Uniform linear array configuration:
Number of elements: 24
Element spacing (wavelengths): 0.75
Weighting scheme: blackman
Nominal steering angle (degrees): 60
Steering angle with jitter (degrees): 60.869
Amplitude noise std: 0.05
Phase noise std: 0.05

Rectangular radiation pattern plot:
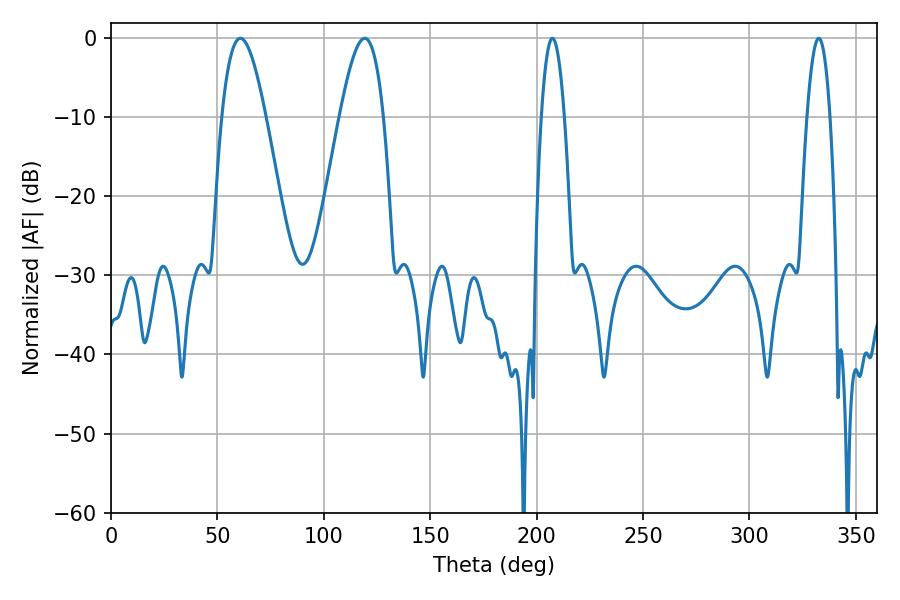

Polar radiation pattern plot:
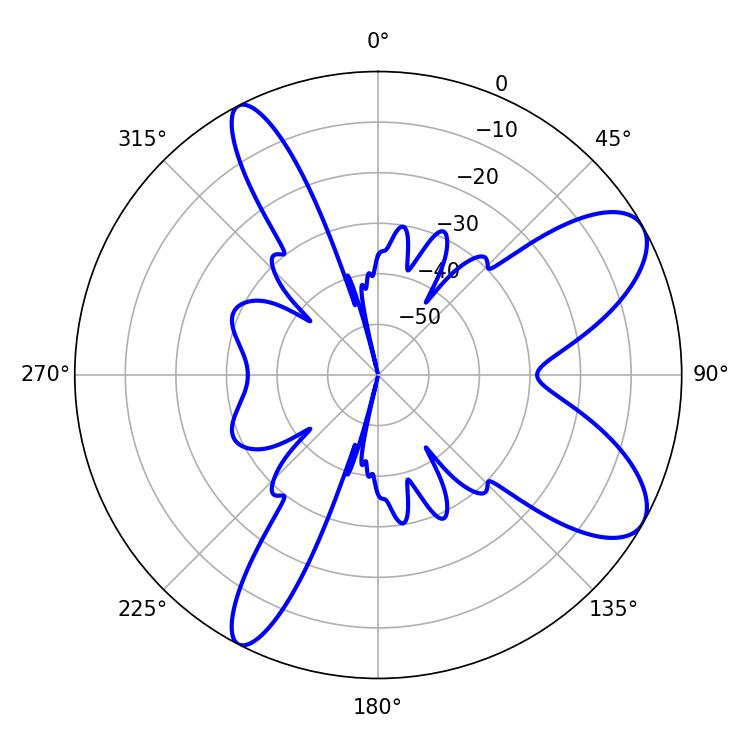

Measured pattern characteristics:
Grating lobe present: TRUE
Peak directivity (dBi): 8.724
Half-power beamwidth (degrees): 11.16
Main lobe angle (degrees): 60.84